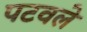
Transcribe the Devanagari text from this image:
पटवले